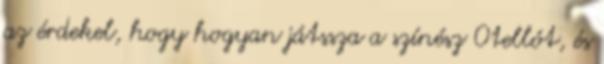
az érdekel, hogy hogyan játssza a színész Otellót, és